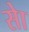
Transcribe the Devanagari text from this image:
सेा